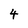
Character: 4